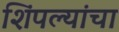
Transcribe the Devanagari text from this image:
शिंपल्यांचा